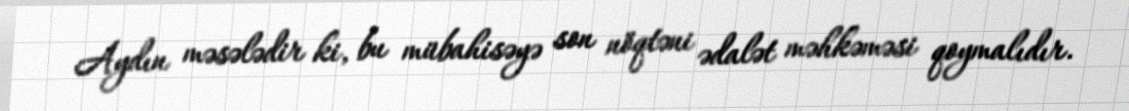
Aydın məsələdir ki, bu mübahisəyə son nöqtəni ədalət məhkəməsi qoymalıdır.